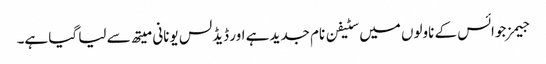
جیمز جوائس کے ناولوں میں سٹیفن نام جدید ہے اور ڈیڈلس یونانی میتھ سے لیا گیا ہے۔